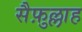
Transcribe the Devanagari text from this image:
सैफ़ुल्लाह